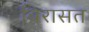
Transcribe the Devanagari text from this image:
बिरासत